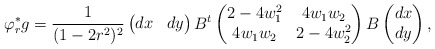
\begin{align*}\varphi_r^*g = \frac{1}{(1-2r^2)^2}\begin{pmatrix} dx & dy \end{pmatrix} B^t\begin{pmatrix} 2-4w_1^2 & 4w_1w_2\\ 4w_1w_2 & 2-4w_2^2\end{pmatrix}B\begin{pmatrix} dx\\ dy\end{pmatrix},\end{align*}